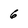
Character: 6